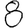
Digit: 8